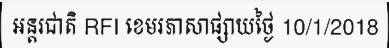
អន្តរជាតិ RFI ខេមរភាសាផ្សាយថ្ងៃ 10/1/2018